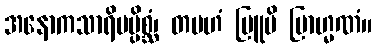
အနောကသာရိမပ္ပိစ္ဆံ၊ တမဟံ ဗြူမိ ဗြာဟ္မဏံ။